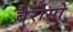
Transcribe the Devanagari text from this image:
बैरोसो